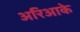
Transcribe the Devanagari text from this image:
अरिआके